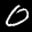
Label: 0